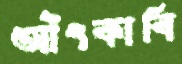
আঁৎকাবি